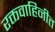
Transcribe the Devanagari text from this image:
रक्तवाहिनीत